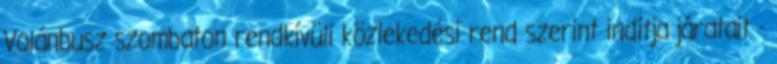
Volánbusz szombaton rendkívüli közlekedési rend szerint indítja járatait -